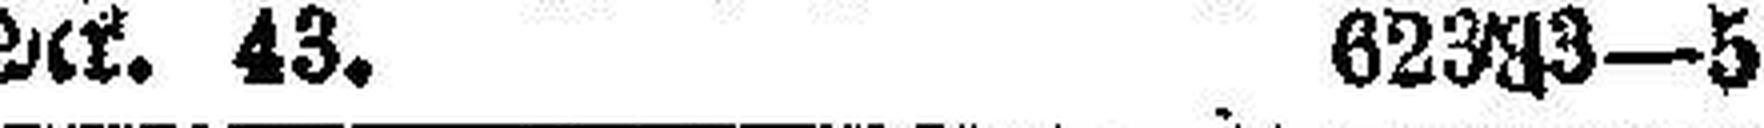
Rf. 43. 62383—5